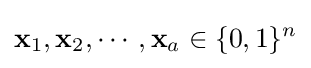
\mathbf {x} _{1},\mathbf {x} _{2},\cdots ,\mathbf {x} _{a}\in \{0,1\}^{n}